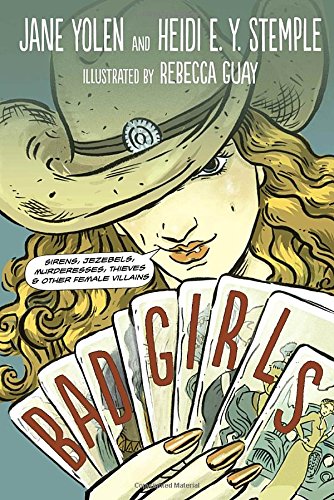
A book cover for Bad Girls: Sirens, Jezebels, Murderesses, Thieves and Other Female Villains; Jane Yolen; Children's Books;